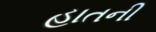
હાતની